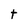
Character: t